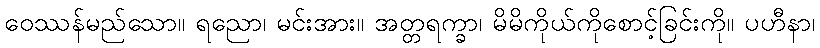
ဝေဿန်မည်သော။ ရညော၊ မင်းအား။ အတ္တရက္ခာ၊ မိမိကိုယ်ကိုစောင့်ခြင်းကို။ ပဟီနာ၊